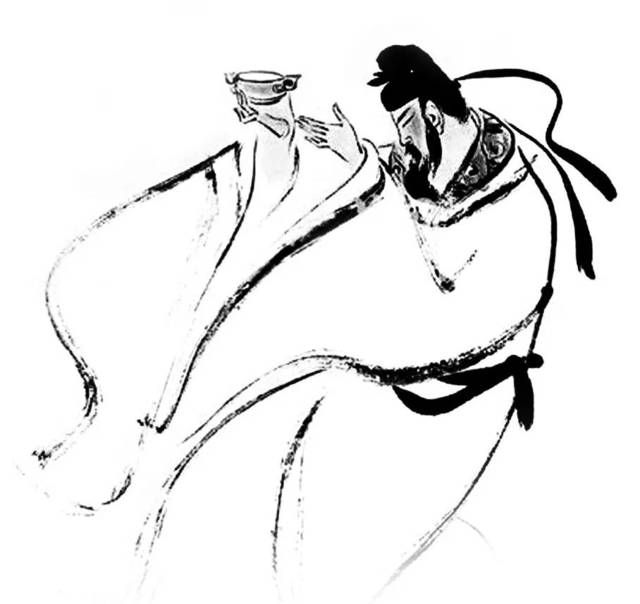
大鹏一日同风起，扶摇直上九万里。